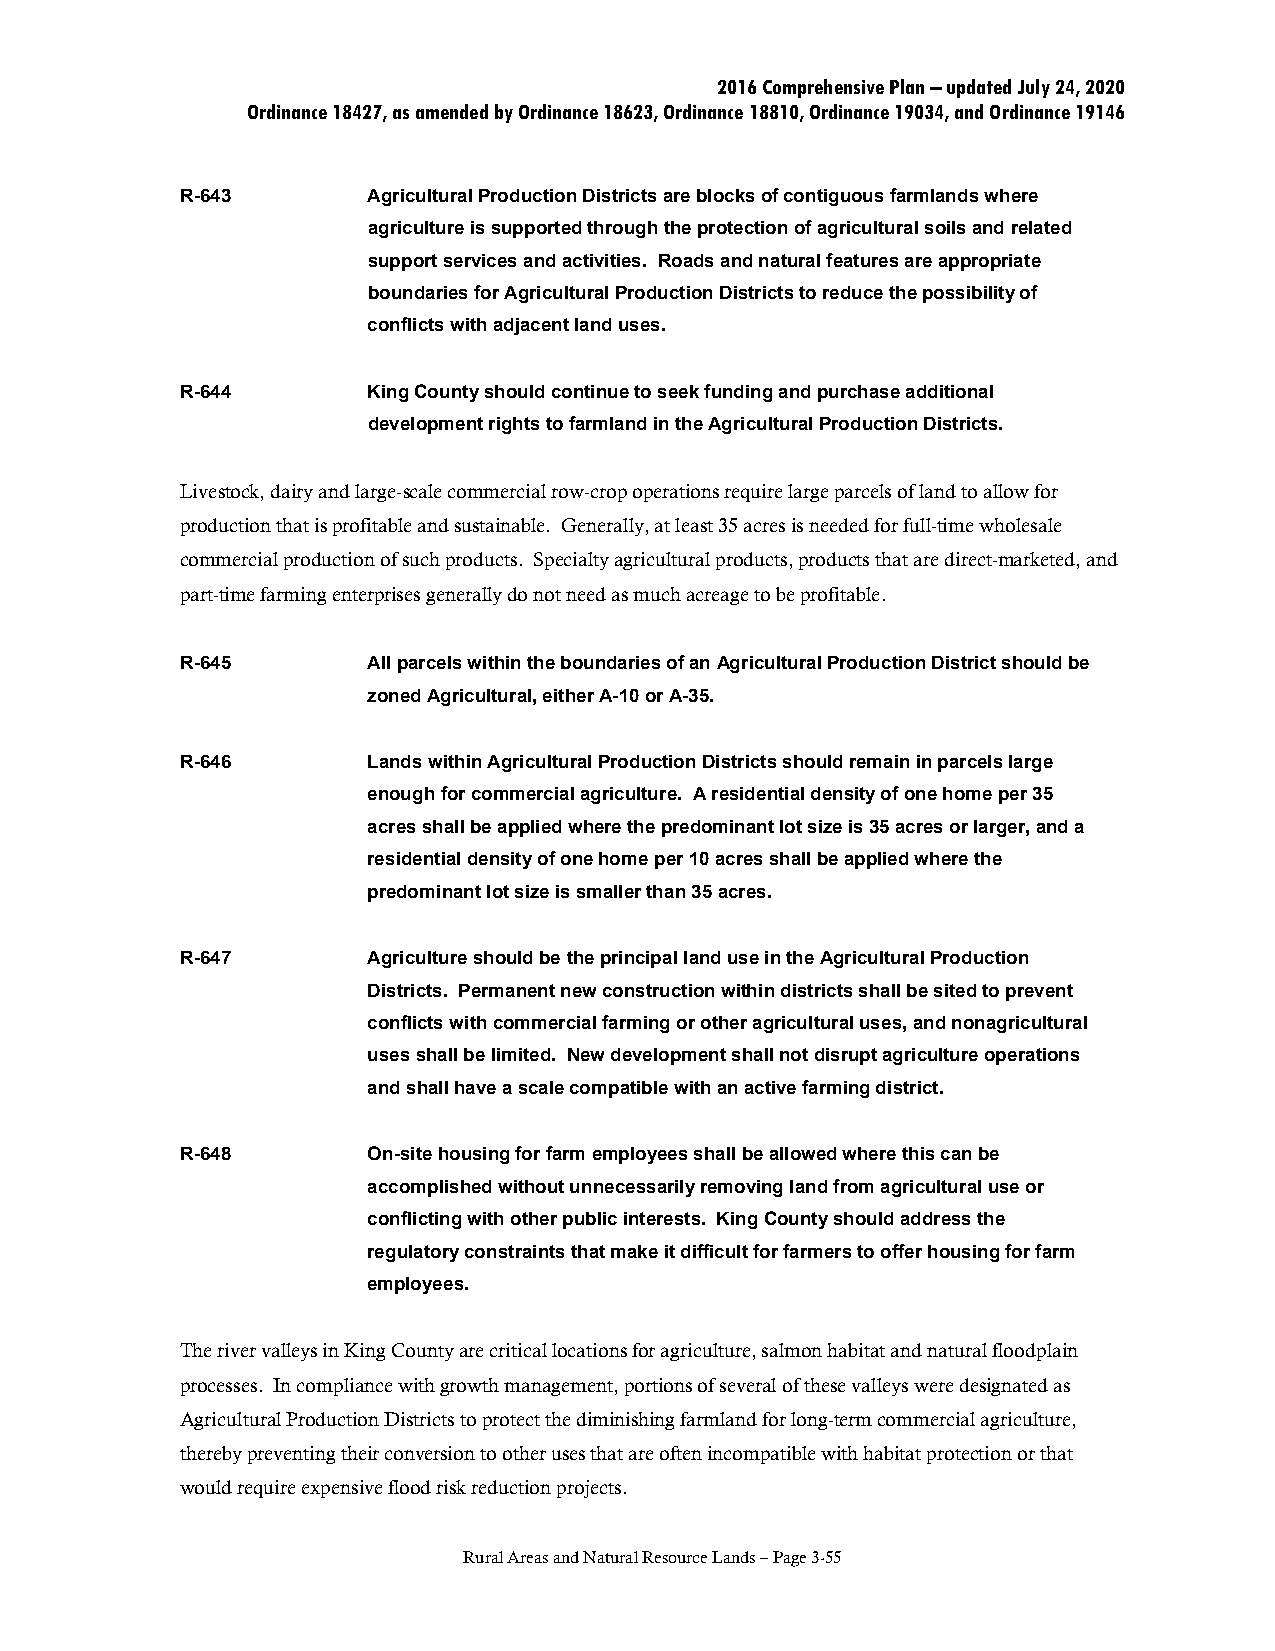
2016 Comprehensive Plan – updated July 24, 2020
 Ordinance 18427, as amended by Ordinance 18623, Ordinance 18810, Ordinance 19034, and Ordinance 19146
 R-643       Agricultural Production Districts are blocks of contiguous farmlands where
 agriculture is supported through the protection of agricultural soils and related
 support services and activities. Roads and natural features are appropriate
 boundaries for Agricultural Production Districts to reduce the possibility of
 conflicts with adjacent land uses.
 R-644       King County should continue to seek funding and purchase additional
 development rights to farmland in the Agricultural Production Districts.
 Livestock, dairy and large-scale commercial row-crop operations require large parcels of land to allow for
 production that is profitable and sustainable. Generally, at least 35 acres is needed for full-time wholesale
 commercial production of such products. Specialty agricultural products, products that are direct-marketed, and
 part-time farming enterprises generally do not need as much acreage to be profitable.
 R-645       All parcels within the boundaries of an Agricultural Production District should be
 zoned Agricultural, either A-10 or A-35.
 R-646       Lands within Agricultural Production Districts should remain in parcels large
 enough for commercial agriculture. A residential density of one home per 35
 acres shall be applied where the predominant lot size is 35 acres or larger, and a
 residential density of one home per 10 acres shall be applied where the
 predominant lot size is smaller than 35 acres.
 R-647       Agriculture should be the principal land use in the Agricultural Production
 Districts. Permanent new construction within districts shall be sited to prevent
 conflicts with commercial farming or other agricultural uses, and nonagricultural
 uses shall be limited. New development shall not disrupt agriculture operations
 and shall have a scale compatible with an active farming district.
 R-648       On-site housing for farm employees shall be allowed where this can be
 accomplished without unnecessarily removing land from agricultural use or
 conflicting with other public interests. King County should address the
 regulatory constraints that make it difficult for farmers to offer housing for farm
 employees.
 The river valleys in King County are critical locations for agriculture, salmon habitat and natural floodplain
 processes. In compliance with growth management, portions of several of these valleys were designated as
 Agricultural Production Districts to protect the diminishing farmland for long-term commercial agriculture,
 thereby preventing their conversion to other uses that are often incompatible with habitat protection or that
 would require expensive flood risk reduction projects.
 Rural Areas and Natural Resource Lands – Page 3-55